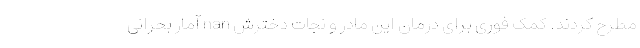
مطرح کردند. کمک فوری برای درمان این مادر و نجات دخترش nan آمار بحرانی